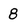
Character: 8